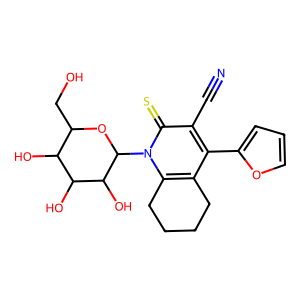
SMILES: N#Cc1c(-c2ccco2)c2c(n(C3OC(CO)C(O)C(O)C3O)c1=S)CCCC2
Inhibits HIV replication: No